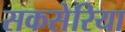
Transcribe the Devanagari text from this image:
सकसेरिया